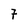
Character: 7